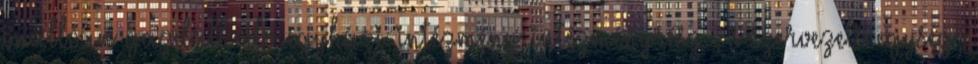
önállóan gazdálkodó egyházi intézmény intézményrész , s szervezeti egység,